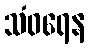
သံဝရေန